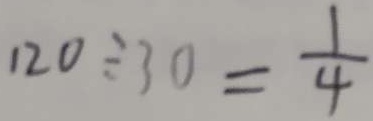
1 2 0 \div 3 0 = \frac { 1 } { 4 }